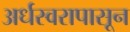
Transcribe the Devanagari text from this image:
अर्धस्वरापासून